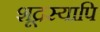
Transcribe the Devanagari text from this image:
शूद्रस्यापि